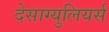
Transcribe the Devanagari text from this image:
देसाग्युलियर्स